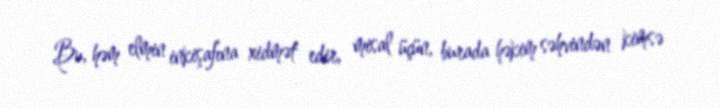
Bu, həm elmin inkişafına xidmət edir, misal üçün, burada həkim səhvindən kimsə